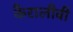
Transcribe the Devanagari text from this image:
कैरालीवी